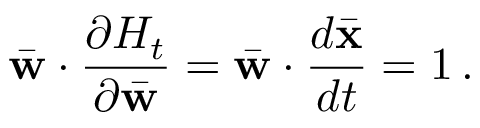
\bar { \bf w } \cdot \frac { \partial { \cal H } _ { t } } { \partial \bar { \bf w } } = \bar { \bf w } \cdot \frac { d \bar { \bf x } } { d t } = 1 \, .